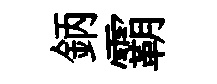
鈵霸